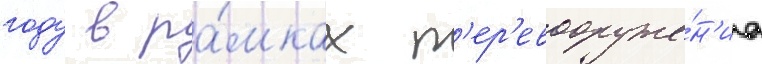
году в ра́мках п'ер'евооруже́н'иа